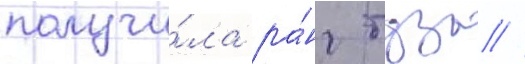
получи́ла ра́нг туза //